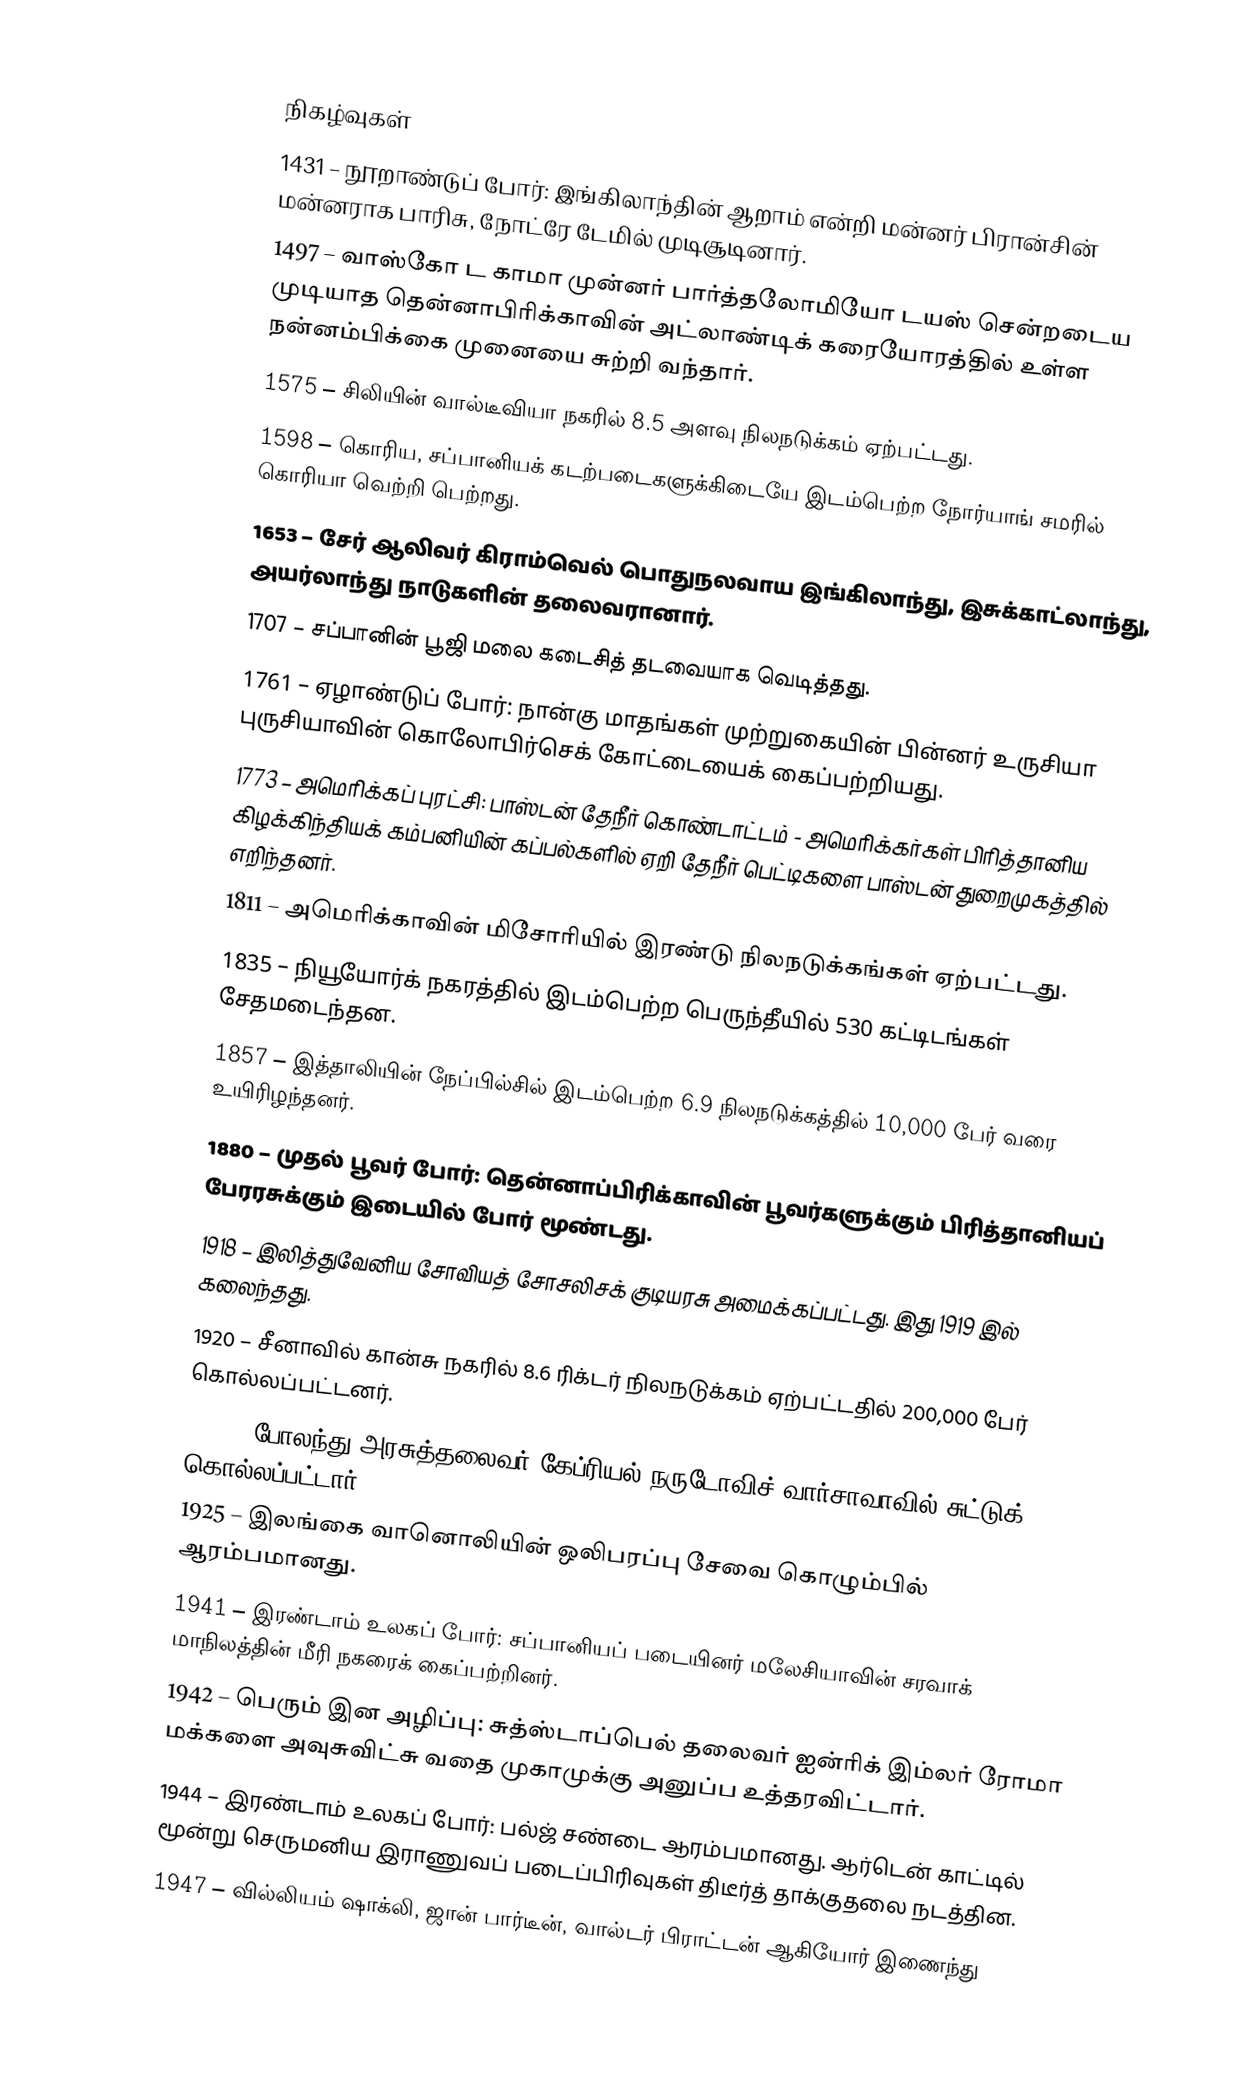

நிகழ்வுகள்
1431 – நூறாண்டுப் போர்: இங்கிலாந்தின் ஆறாம் என்றி மன்னர் பிரான்சின் மன்னராக பாரிசு, நோட்ரே டேமில் முடிசூடினார்.
1497 – வாஸ்கோ ட காமா  முன்னர் பார்த்தலோமியோ டயஸ் சென்றடைய முடியாத தென்னாபிரிக்காவின் அட்லாண்டிக் கரையோரத்தில் உள்ள நன்னம்பிக்கை முனையை சுற்றி வந்தார்.
1575 – சிலியின் வால்டீவியா நகரில் 8.5 அளவு நிலநடுக்கம் ஏற்பட்டது.
1598 – கொரிய, சப்பானியக் கடற்படைகளுக்கிடையே இடம்பெற்ற நோர்யாங் சமரில் கொரியா வெற்றி பெற்றது.
1653 – சேர் ஆலிவர் கிராம்வெல் பொதுநலவாய இங்கிலாந்து, இசுக்காட்லாந்து, அயர்லாந்து நாடுகளின் தலைவரானார்.
1707 – சப்பானின் பூஜி மலை கடைசித் தடவையாக வெடித்தது.
1761 – ஏழாண்டுப் போர்: நான்கு மாதங்கள் முற்றுகையின் பின்னர் உருசியா புருசியாவின் கொலோபிர்செக் கோட்டையைக் கைப்பற்றியது.
1773 – அமெரிக்கப் புரட்சி: பாஸ்டன் தேநீர் கொண்டாட்டம் - அமெரிக்கர்கள் பிரித்தானிய கிழக்கிந்தியக் கம்பனியின் கப்பல்களில் ஏறி தேநீர் பெட்டிகளை பாஸ்டன் துறைமுகத்தில் எறிந்தனர்.
1811 – அமெரிக்காவின் மிசோரியில் இரண்டு நிலநடுக்கங்கள் ஏற்பட்டது.
1835 – நியூயோர்க் நகரத்தில் இடம்பெற்ற பெருந்தீயில் 530 கட்டிடங்கள் சேதமடைந்தன.
1857 – இத்தாலியின் நேப்பில்சில் இடம்பெற்ற 6.9 நிலநடுக்கத்தில் 10,000 பேர் வரை உயிரிழந்தனர்.
1880 – முதல் பூவர் போர்: தென்னாப்பிரிக்காவின் பூவர்களுக்கும் பிரித்தானியப் பேரரசுக்கும் இடையில் போர் மூண்டது.
1918 – இலித்துவேனிய சோவியத் சோசலிசக் குடியரசு அமைக்கப்பட்டது. இது 1919 இல் கலைந்தது.
1920 – சீனாவில் கான்சு நகரில் 8.6 ரிக்டர் நிலநடுக்கம் ஏற்பட்டதில் 200,000 பேர் கொல்லப்பட்டனர்.
1922 – போலந்து அரசுத்தலைவர் கேப்ரியல் நருடோவிச் வார்சாவாவில் சுட்டுக் கொல்லப்பட்டார்.
1925 – இலங்கை வானொலியின் ஒலிபரப்பு சேவை கொழும்பில் ஆரம்பமானது.
1941 – இரண்டாம் உலகப் போர்: சப்பானியப் படையினர் மலேசியாவின் சரவாக் மாநிலத்தின் மீரி நகரைக் கைப்பற்றினர்.
1942 – பெரும் இன அழிப்பு: சுத்ஸ்டாப்பெல் தலைவர் ஐன்ரிக் இம்லர் ரோமா மக்களை அவுசுவிட்சு வதை முகாமுக்கு அனுப்ப உத்தரவிட்டார்.
1944 – இரண்டாம் உலகப் போர்: பல்ஜ் சண்டை ஆரம்பமானது. ஆர்டென் காட்டில் மூன்று செருமனிய இராணுவப் படைப்பிரிவுகள் திடீர்த் தாக்குதலை நடத்தின.
1947 – வில்லியம் ஷாக்லி, ஜான் பார்டீன், வால்டர் பிராட்டன் ஆகியோர் இணைந்து